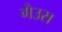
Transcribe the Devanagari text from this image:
गैउस